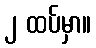
၂ ထပ်မှာ။